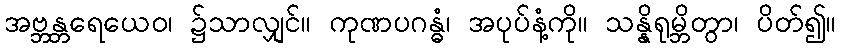
အဗ္ဘန္တရေယေဝ၊ ၌သာလျှင်။ ကုဏပဂန္ဓံ၊ အပုပ်နံ့ကို။ သန္နိရုမ္ဘိတွာ၊ ပိတ်၍။